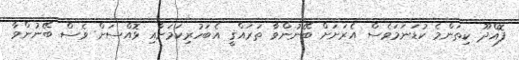
ފޮއްދޫ ކިތަންމެ ކުޑަނަމަވެސް އެރަށަށް ބޭނުންވާ ތަރައްޤީ އެބަހުރިކަމަށާއި ޅޮއްސަށް ވެސް ބޭނުންވާ